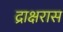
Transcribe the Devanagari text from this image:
द्राक्षरास